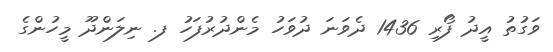
ވަގުތު އީދު ފޯރި 1436 ދެވަނަ ދުވަހު މެންދުރުފަހު ފ. ނިލަންދޫ މީހުންގެ